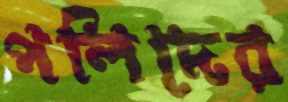
পলিদের